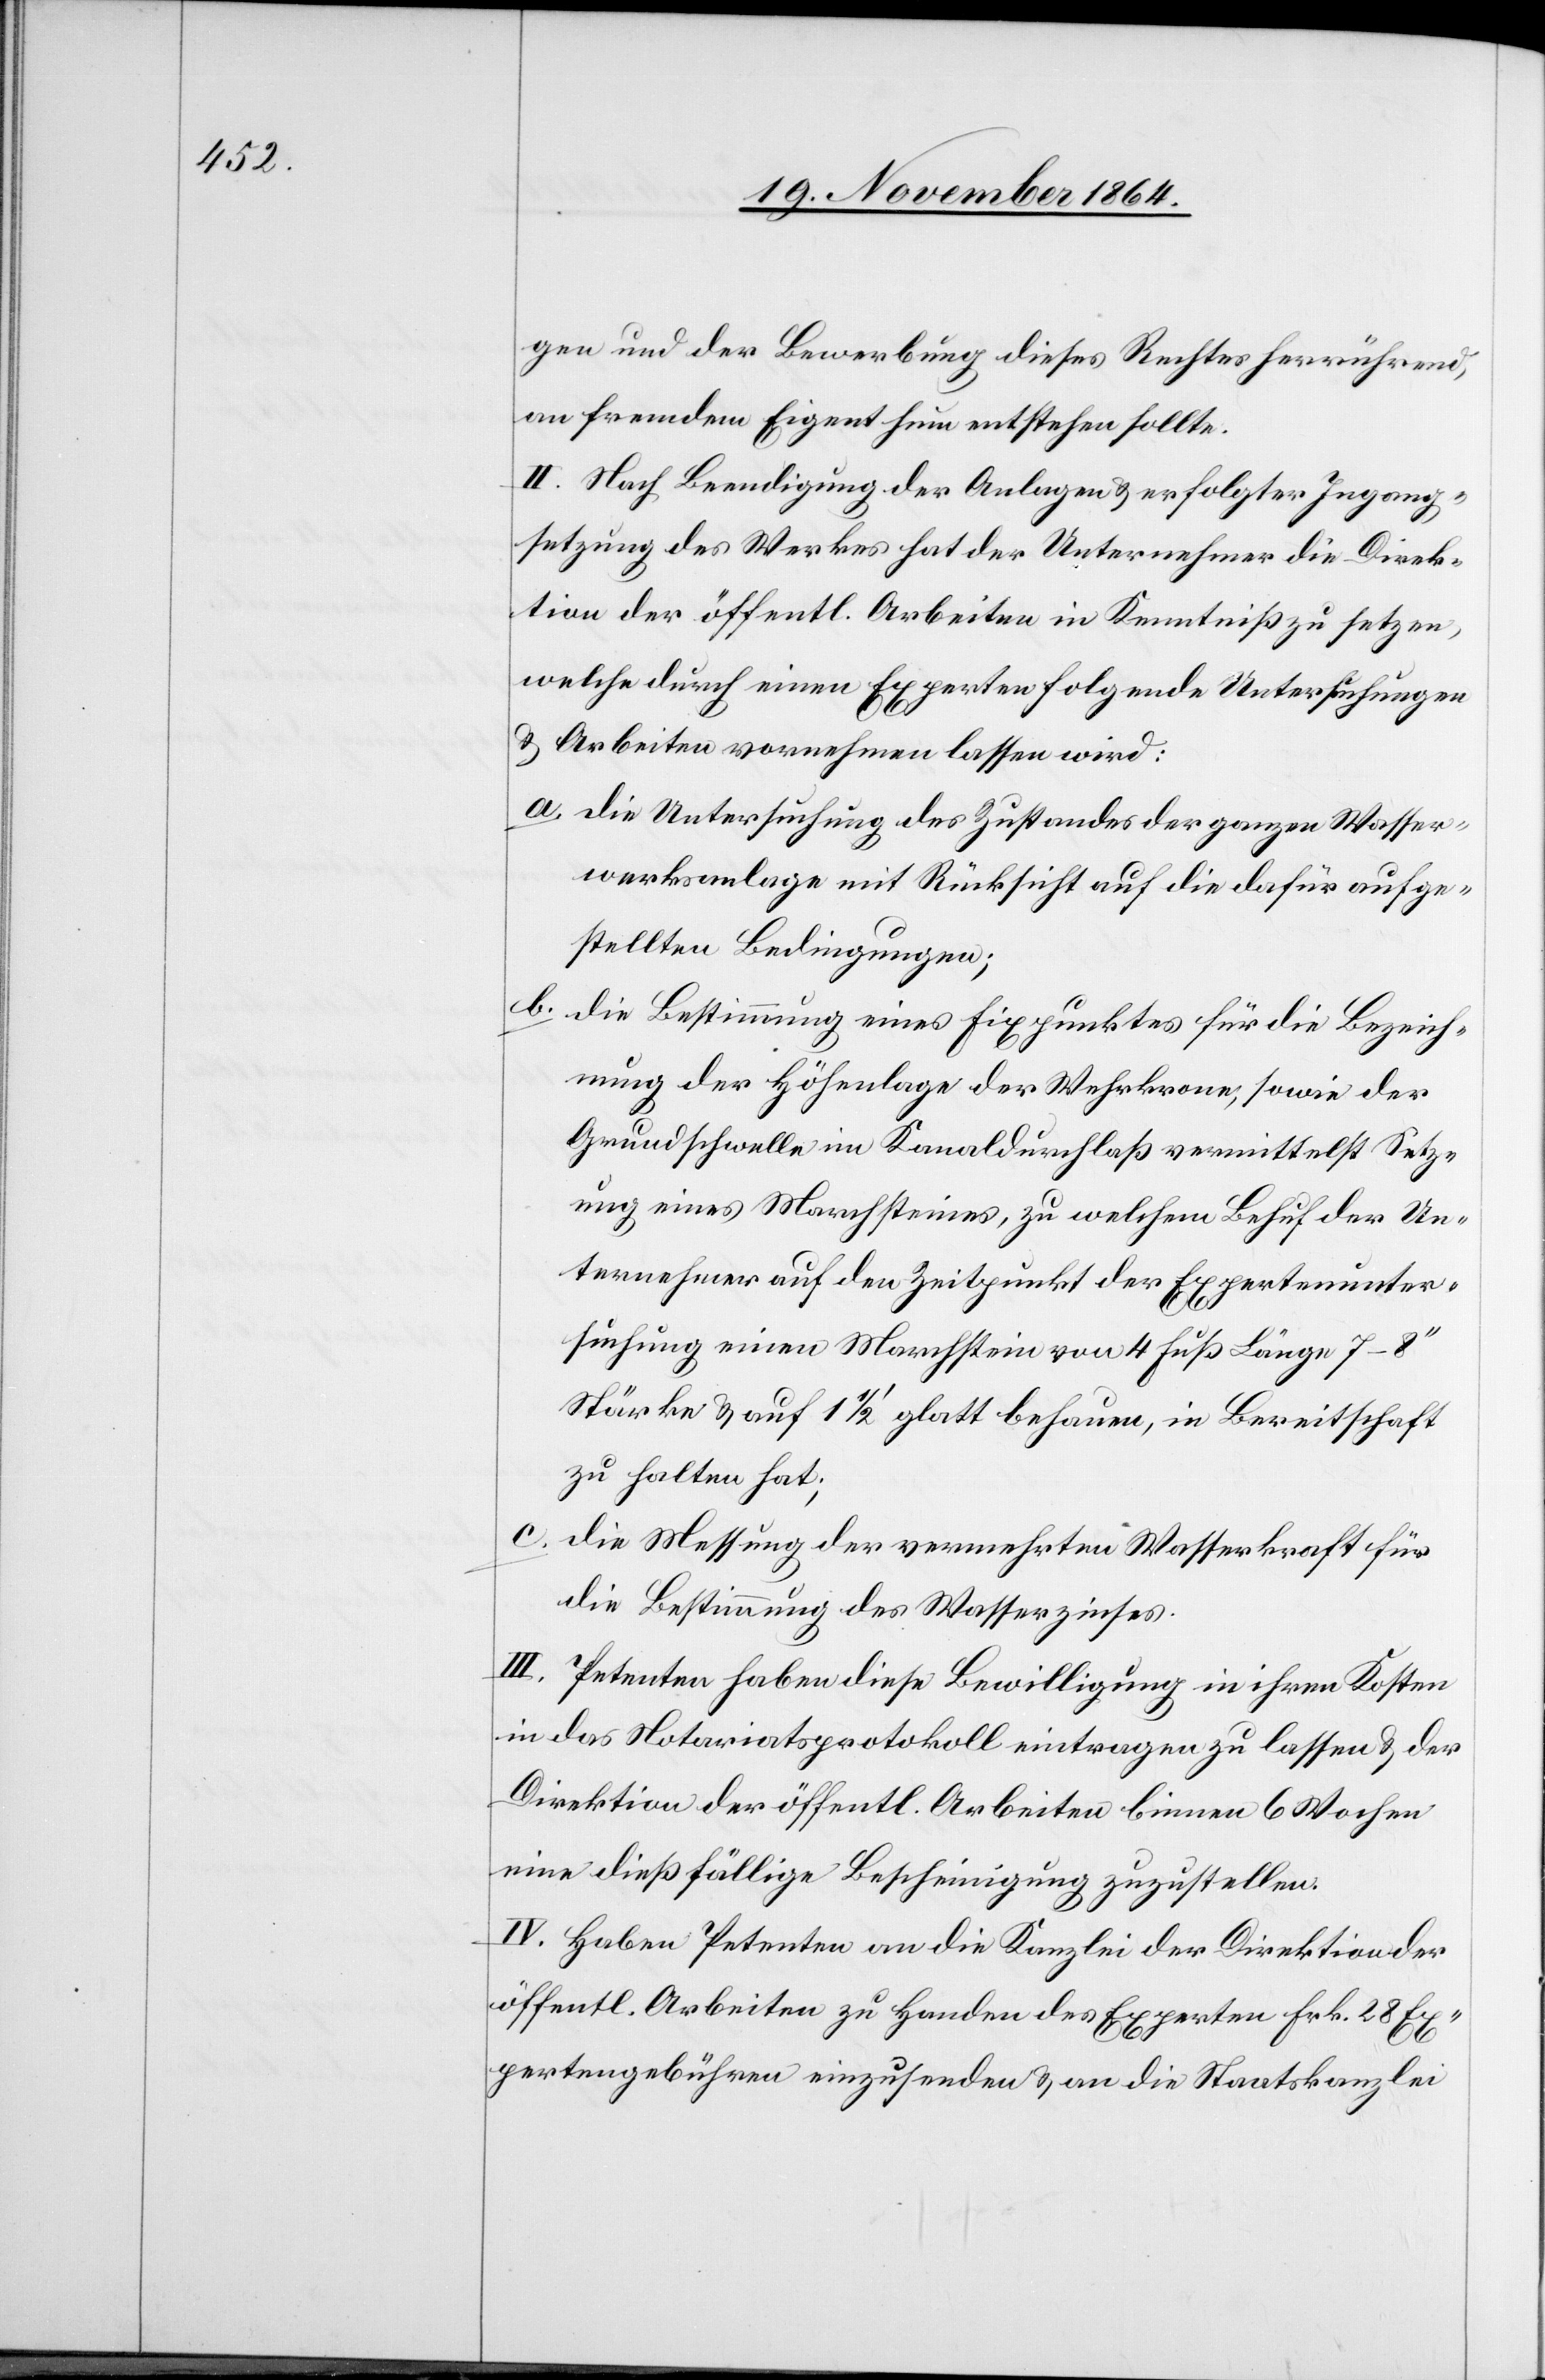
gen und der Bewerbung dieses Rechtes herrührend,
an fremdem Eigenthum entstehen sollte.
II. Nach Beendigung der Anlagen & erfolgter Ingang¬
setzung des Werkes hat der Unternehmer die Direk¬
tion der öffentl. Arbeiten in Kenntniß zu setzen,
welche durch einen Experten folgende Untersuchungen
& Arbeiten vornehmen lassen wird:
a.	Die Untersuchung des Zustandes der ganzen Wasser¬
werksanlage mit Rücksicht auf die dafür aufge¬
stellten Bedingungen;
b.	Die Bestimmung eines Fixpunktes für die Bezeich¬
nung der Höhenlage der Wehrkrone, sowie der
Grundschwelle im Kanaldurchfluß vermittelst Setz¬
ung eines Marchsteines, zu welchem Behuf der Un¬
ternehmer auf den Zeitpunkt der Expertenunter¬
suchung einen Marchstein von 4 Fuß Länge 7–8’’
Stärke & auf 1 1/2’ glatt behauen, in Bereitschaft
zu halten hat;
c.	Die Messung der vermehrten Wasserkraft für
die Bestimmung des Wasserzinses.
III. Petenten haben diese Bewilligung in ihren Kosten
in das Notariatsprotokoll eintragen zu lassen & der
Direktion der öffentl. Arbeiten binnen 6 Wochen
eine dießfällige Bescheinigung zuzustellen.
IV. Haben Petenten an die Kanzlei der Direktion der
öffentl. Arbeiten zu Handen des Experten Frk. 28 Ex¬
pertengebühren einzusenden & an die Staatskanzlei